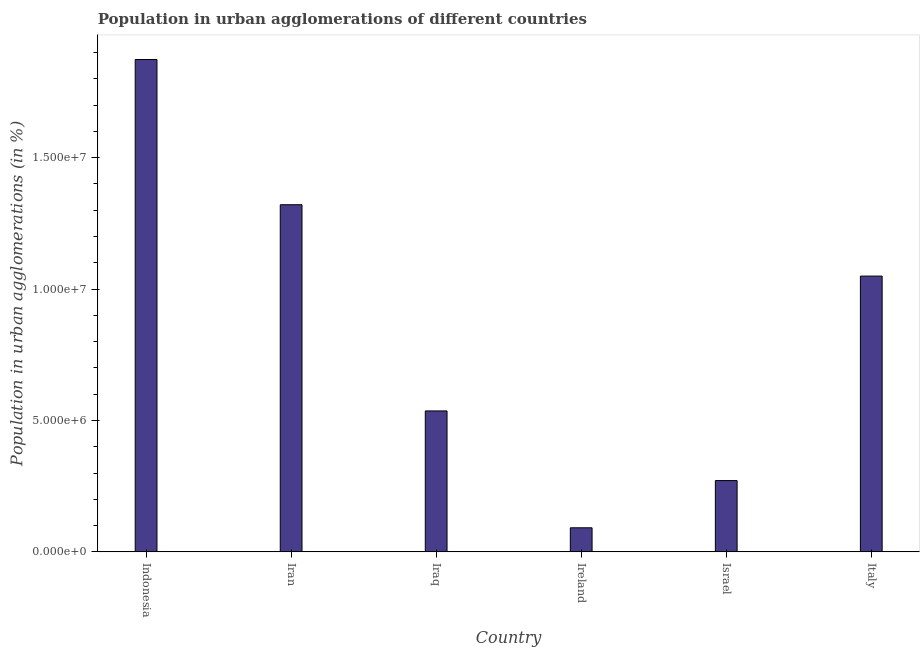
| Country | Population in urban agglomerations |
 | --- | --- |
 | Indonesia | 1.87e+07 |
 | Iran | 1.32e+07 |
 | Iraq | 5.36e+06 |
 | Ireland | 9.16e+05 |
 | Israel | 2.71e+06 |
 | Italy | 1.05e+07 |